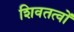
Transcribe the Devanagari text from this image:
शिवतत्वों